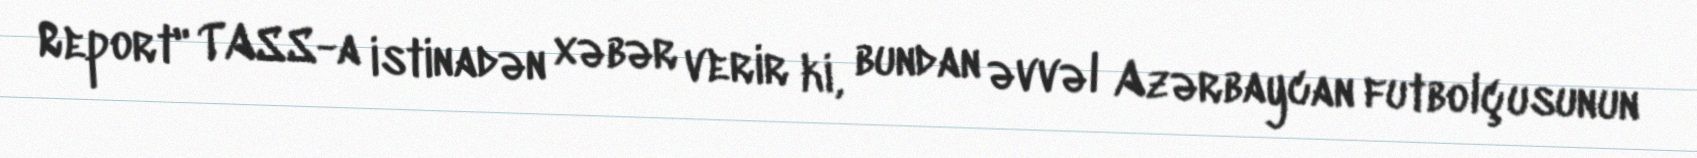
Report" TASS-a istinadən xəbər verir ki, bundan əvvəl Azərbaycan futbolçusunun